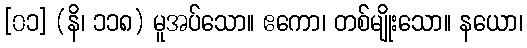
[၀၁] (နိ၊ ၁၁၈) မူအပ်သော။ ဧကော၊ တစ်မျိုးသော။ နယော၊